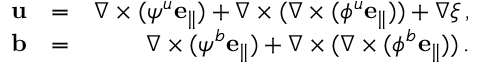
\begin{array} { r l r } { { \bf u } } & { = } & { \nabla \times ( \psi ^ { u } { \bf e _ { \parallel } } ) + \nabla \times ( \nabla \times ( \phi ^ { u } { \bf e _ { \parallel } } ) ) + \nabla \xi \, , } \\ { { \bf b } } & { = } & { \nabla \times ( \psi ^ { b } { \bf e _ { \parallel } } ) + \nabla \times ( \nabla \times ( \phi ^ { b } { \bf e _ { \parallel } } ) ) \, . } \end{array}